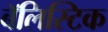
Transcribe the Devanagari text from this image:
बॅलिस्टिक